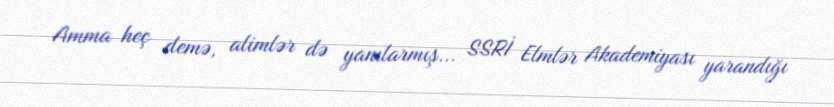
Amma heç demə, alimlər də yanılarmış... SSRİ Elmlər Akademiyası yarandığı